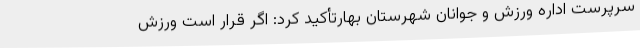
سرپرست اداره ورزش و جوانان شهرستان بهارتأکید کرد: اگر قرار است ورزش